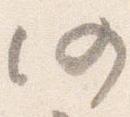
仍